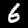
Digit: 6